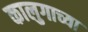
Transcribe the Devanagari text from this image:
कालुगाच्या